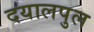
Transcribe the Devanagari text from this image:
दयालपुल